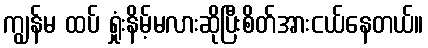
ကျွန်မ ထပ် ရှုံးနိမ့်မလားဆိုပြီးစိတ်အားငယ်နေတယ်။